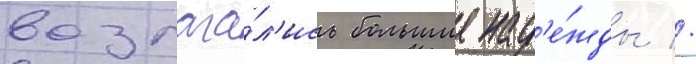
возлага́л'ись большие над'е́жды //